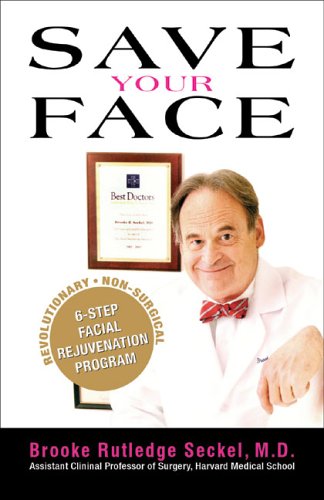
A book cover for Save Your Face: The Revolutionary Non-surgical 6-step Facial Rejuvenation Program; Brooke Rutledge Seckel MD; Health, Fitness & Dieting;